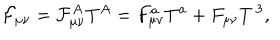
\mathcal { F } _ { \mu \nu } = \mathcal { F } _ { \mu \nu } ^ { A } T ^ { A } = F _ { \mu \nu } ^ { a } T ^ { a } + F _ { \mu \nu } T ^ { \, 3 } ,